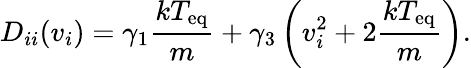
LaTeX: D_{ii}(v_{i})=\gamma_{1}\frac{kT_{\mathrm{eq}}}{m}+\gamma_{3}\left(v_{i}^{2}+2\frac{kT_{\mathrm{eq}}}{m}\right).